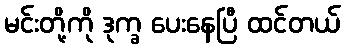
မင်းတို့ကို ဒုက္ခ ပေးနေပြီ ထင်တယ်